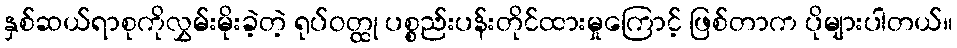
နှစ်ဆယ်ရာစုကိုလွှမ်းမိုးခဲ့တဲ့ ရုပ်ဝတ္ထု ပစ္စည်းပန်းတိုင်ထားမှုကြောင့် ဖြစ်တာက ပိုများပါတယ်။